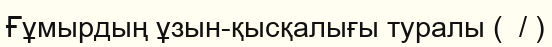
Ғұмырдың ұзын-қысқалығы туралы (  / )